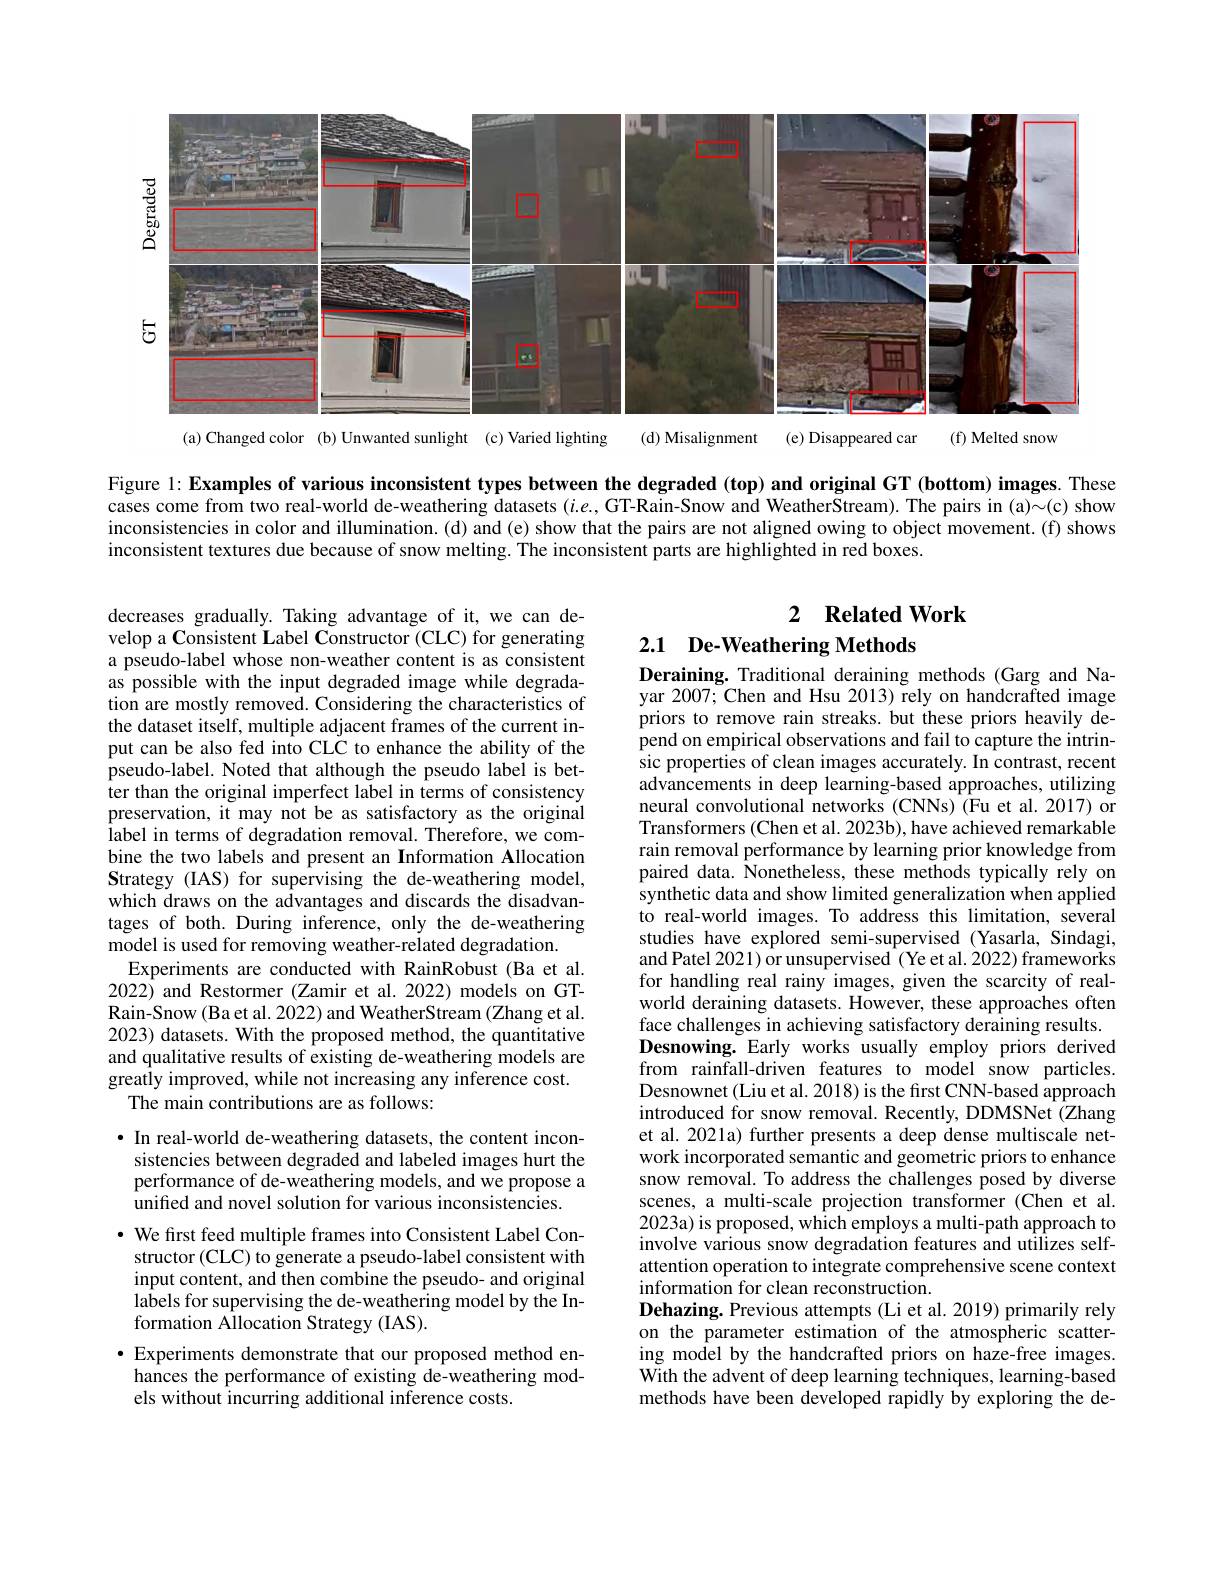
<FigureHere>
(a)Changed color (b)Unwanted sunlight (c)Varied lighting
(f) Melted snow
(d) Misalignment (e) Disappeared car

Figure 1: Examples of various inconsistent types between the degraded (top) and original GT (bottom) images. These cases come from two real-world de-weathering datasets $(i.e.$, GT-Rain-Snow and WeatherStream). The pairs in (a)~show inconsistencies in color and illumination.(d) and (e) show that the pairs are not aligned owing to object movement. (f) shows inconsistent textures due because of snow melting. The inconsistent parts are highlighted in red boxes.

## 2 $\textbf{Related Work}$ 2.1 De-Weathering Methods

decreases gradually. Taking advantage of it, we can develop a Consistent Label Constructor (CLC) for generating a pseudo-label whose non-weather content is as consistent as possible with the input degraded image while degradation are mostly removed. Considering the characteristics of the dataset itself, multiple adjacent frames of the current input can be also fed into CLC to enhance the ability of the pseudo-label. Noted that although the pseudo label is better than the original imperfect label in terms of consistency preservation, it may not be as satisfactory as the original label in terms of degradation removal. Therefore, we combine the two labels and present an Information Allocation Strategy (IAS) for supervising the de-weathering model, which draws on the advantages and discards the disadvantages of both. During inference, only the de-weathering model is used for removing weather-related degradation.
Experiments are conducted with RainRobust (Ba et al. 2022) and Restormer (Zamir et al. 2022) models on GTRain-Snow (Ba et al. 2022) and WeatherStream (Zhang et al. 2023) datasets. With the proposed method, the quantitative and qualitative results of existing de-weathering models are greatly improved, while not increasing any inference cost.
The main contributions are as follows:

Deraining. Traditional deraining methods (Garg and Nayar 2007; Chen and Hsu 2013) rely on handcrafted image priors to remove rain streaks. but these priors heavily depend on empirical observations and fail to capture the intrin- $\hat{\text{sic properties of clean images accurately. In contrast, recent}}$ advancements in deep learning-based approaches, utilizing neural convolutional networks (CNNs) (Fu et al.2017) or Transformers (Chen et al. 2023b), have achieved remarkable rain removal performance by learning prior knowledge from paired data. Nonetheless, these methods typically rely on synthetic data and show limited generalization when applied to real-world images. To address this limitation, several studies have explored semi-supervised (Yasarla, Sindagi, and Patel 2021) or unsupervised ( Ye et al. 2022) frameworks for handling real rainy images, given the scarcity of realworld deraining datasets. However, these approaches often face challenges in achieving satisfactory deraining results. Desnowing. Early works usually employ priors derived from rainfall-driven features to model snow particles. Desnownet (Liu et al. 2018) is the first CNN-based approach introduced for snow removal. Recently, DDMSNet (Zhang et al. 2021a) further presents a deep dense multiscale network incorporated semantic and geometric priors to enhance snow removal. To address the challenges posed by diverse scenes, a multi-scale projection transformer (Chen et al. 2023a) is proposed, which employs a multi-path approach to involve various snow degradation features and utilizes selfattention operation to integrate comprehensive scene context information for clean reconstruction.
Dehazing. Previous attempts (Li et al. 2019) primarily rely on the parameter estimation of the atmospheric scattering model by the handcrafted priors on haze-free images. With the advent of deep learning techniques, learning-based methods have been developed rapidly by exploring the de-

·In real-world de-weathering datasets, the content inconsistencies between degraded and labeled images hurt the performance of de-weathering models, and we propose a unified and novel solution for various inconsistencies.
· We first feed multiple frames into Consistent Label Constructor (CLC) to generate a pseudo-label consistent with input content, and then combine the pseudo- and original labels for supervising the de-weathering model by the Information Allocation Strategy (IAS).
$\bullet$ Experiments demonstrate that our proposed method enhances the performance of existing de-weathering models without incurring additional inference costs.